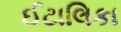
ઈટાલિકા